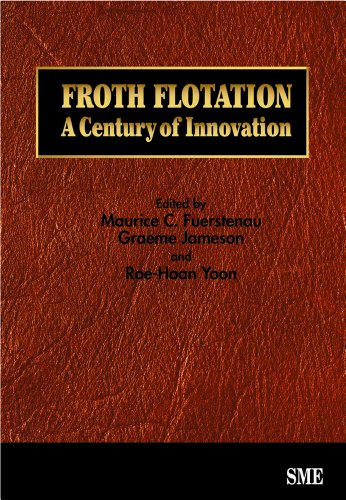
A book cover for Froth Flotation: A Century of Innovation; Science & Math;